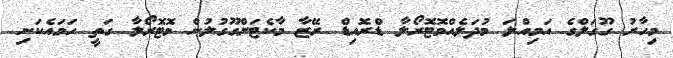
މިހާރު ގޫގަލްގެ އަމިއްލަ މުދަލެއްމޮޓޮރޯލާ ޑްރޮއިޑް ރޭޒާ މާކެޓަށްގޫގުލުން މޮޓޮރޯލާ ގަތީ ހަމައެކަނި